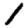
Digit: 1